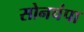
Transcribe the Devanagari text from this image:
सोनचंपा